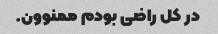
در کل راضی بودم ممنوون.